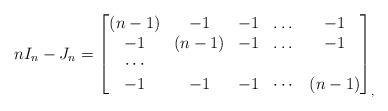
LaTeX: \begin{align*} nI_n-J_n= \begin{bmatrix}(n-1) & -1 & -1 & \dots&-1\\-1& (n-1) & -1 & \dots&-1\\\cdots\\-1& -1 & -1 & \cdots&(n-1)\\\end{bmatrix}_,\end{align*}